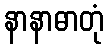
နာနာဓာတုံ